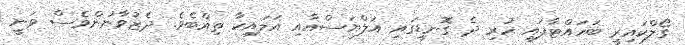
ގޯލްކައިރީ ބަހައްޓާފައި ހުރި ދެ ގޮނޑީގައި އަލްޔަސްއާއި އަލައިކާ ތިއްބެވެ. ދެޒުވާނުންވެސް ވަނީ